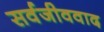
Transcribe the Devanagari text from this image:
सर्वजीववाद